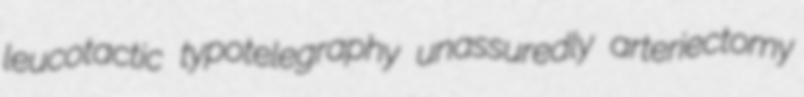
leucotactic typotelegraphy unassuredly arteriectomy